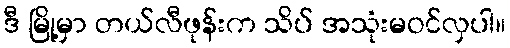
ဒီ မြို့မှာ တယ်လီဖုန်းက သိပ် အသုံးမဝင်လှပါ။